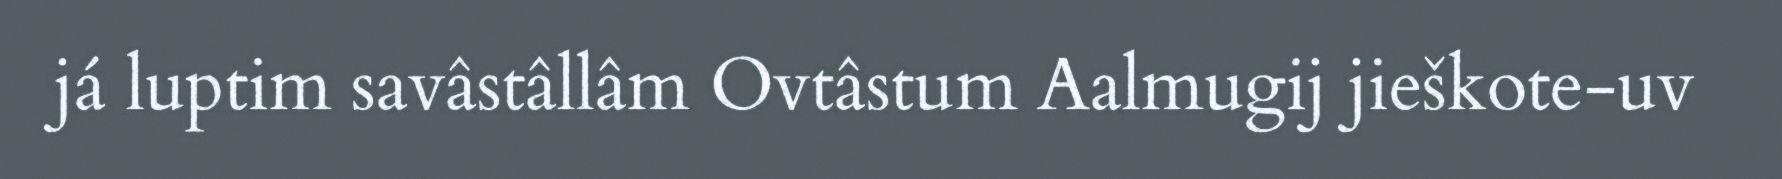
já luptim savâstâllâm Ovtâstum Aalmugij jieškote-uv